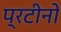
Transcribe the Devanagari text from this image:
प्रटीनों